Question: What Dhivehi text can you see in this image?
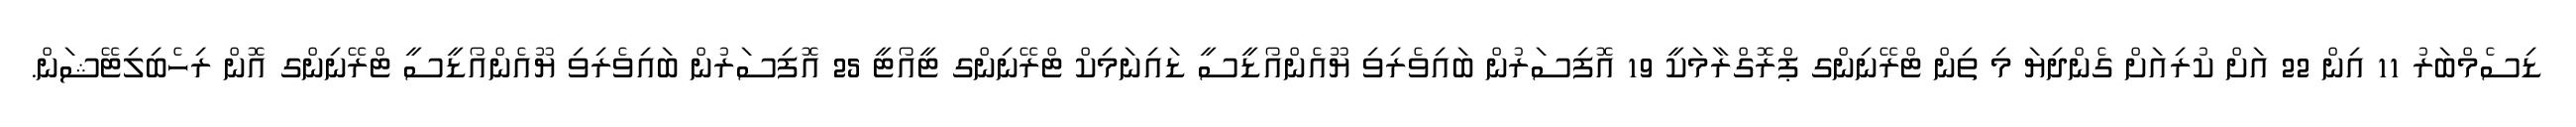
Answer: ޑިސެމްބަރު 11 އިން 22 އަށް ކުރިއަށް ގެންދިޔަ މި ތިން ޓްރޭނިންގ ޕްރޮގްރާމަކީ 19 އޮފިސަރުން ބައިވެރިވި ޔޫއެންއޯޑީސީ ޑައިނަމިކް ޓްރޭނިންގ ޓީއޯޓީ 25 އޮފިސަރުން ބައިވެރިވި ޔޫއެންއޯޑީސީ ޓްރޭނިންގ އޮން ރިހެބިލިޓޭޝަން.